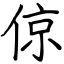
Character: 倞